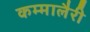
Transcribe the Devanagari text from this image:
कम्मालैरी